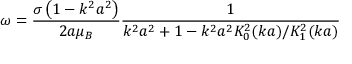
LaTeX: \omega = { \frac { \sigma \left( 1 - k ^ { 2 } a ^ { 2 } \right) } { 2 a \mu _ { B } } } { \frac { 1 } { k ^ { 2 } a ^ { 2 } + 1 - k ^ { 2 } a ^ { 2 } K _ { 0 } ^ { 2 } ( k a ) / K _ { 1 } ^ { 2 } ( k a ) } }